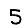
Digit: 5